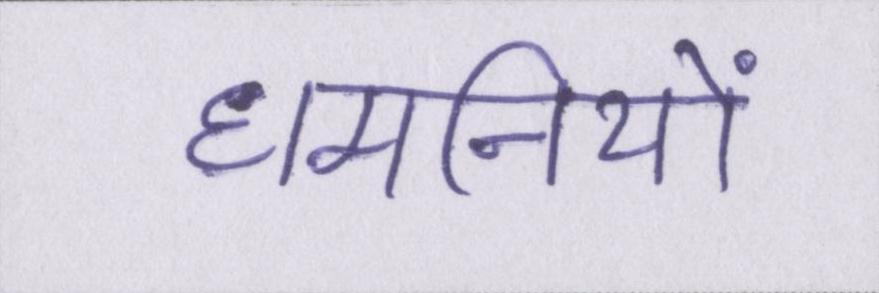
धमनियों